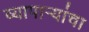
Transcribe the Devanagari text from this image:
व्यापार्‍यांचा